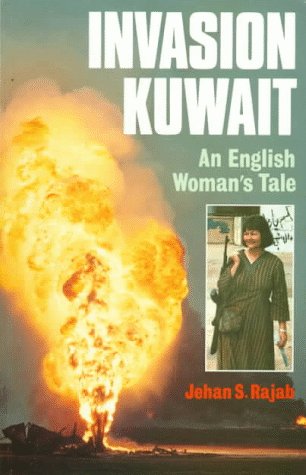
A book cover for Invasion Kuwait: An English Woman's Tale; Jehan S. Rajab; History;